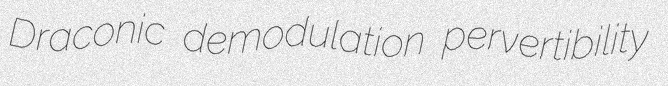
Draconic demodulation pervertibility